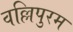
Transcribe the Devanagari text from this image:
वल्लिपुरम